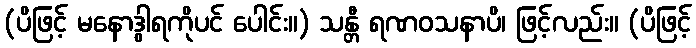
(ပိဖြင့် မနောဒွါရကိုပင် ပေါင်း။) သန္တီ ရဏဝသနာပိ၊ ဖြင့်လည်း။ (ပိဖြင့်